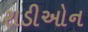
રાડીઓન